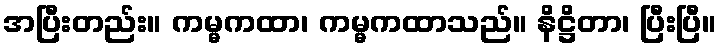
အပြီးတည်း။ ကမ္မကထာ၊ ကမ္မကထာသည်။ နိဋ္ဌိတာ၊ ပြီးပြီ။